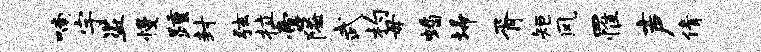
喃宇盗慢踵封弦拉啻隘武杓毋蟠埽胥矩风罹声倩